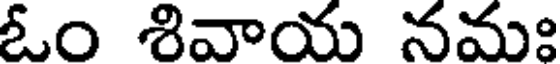
ఓం శివాయ నమః